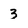
Character: 3